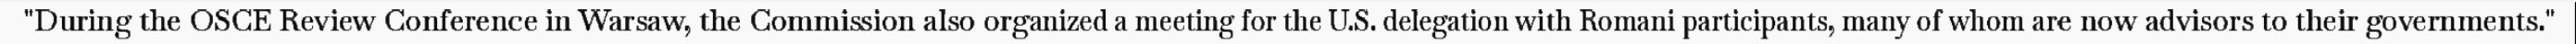
"During the OSCE Review Conference in Warsaw, the Commission also organized a meeting for the U.S. delegation with Romani participants, many of whom are now advisors to their governments."